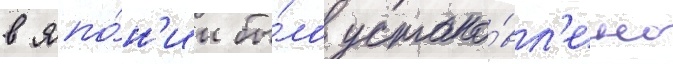
в япо́н'ии бы́ло устано́вл'ено